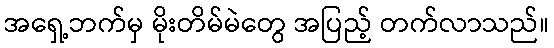
အရှေ့ဘက်မှ မိုးတိမ်မဲတွေ အပြည့် တက်လာသည်။